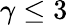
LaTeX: \gamma\leq 3